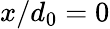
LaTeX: x/d_{0}=0